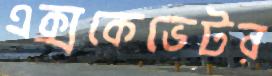
এক্সকেভেটর